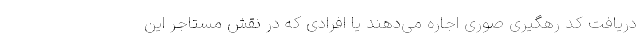
دریافت کد رهگیری صوری اجاره می‌دهند یا افرادی که در نقش مستاجر این